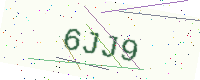
Text: 6JJ9